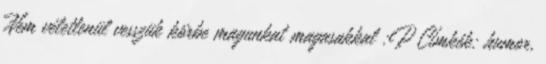
Nem véletlenül vesszük körbe magunkat magasakkal :P Címkék: humor,